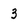
Character: 3